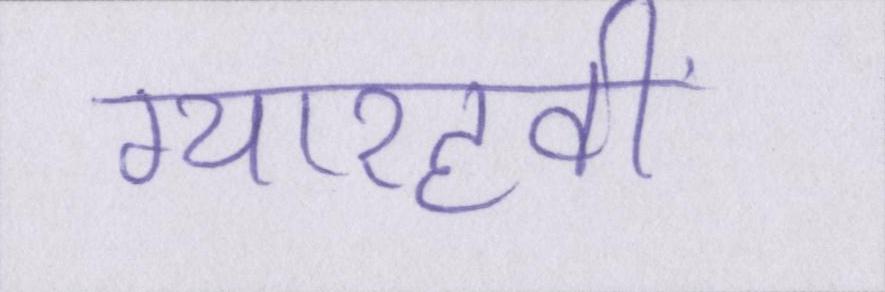
ग्यारहवीं